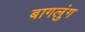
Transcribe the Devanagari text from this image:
बागलुंग